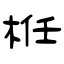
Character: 栣